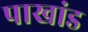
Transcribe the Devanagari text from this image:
पाखांड